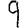
Digit: 9